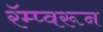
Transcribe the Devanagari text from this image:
रॅम्प्वरून